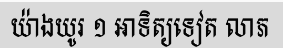
យ៉ាងយូរ ១ អាទិត្យទៀត លាភ